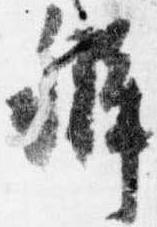
弁